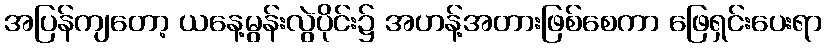
အပြန်ကျတော့ ယနေ့မွန်းလွဲပိုင်း၌ အဟန့်အတားဖြစ်စေကာ ဖြေရှင်းပေးရာ